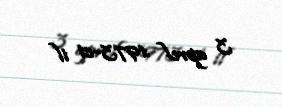
3 aprel 1973-ci il